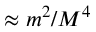
\approx m ^ { 2 } / M ^ { 4 }